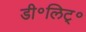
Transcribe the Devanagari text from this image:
डी॰लिट्॰